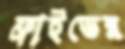
ফ্রাইডের